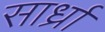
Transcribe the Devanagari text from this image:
सार्ध्रां